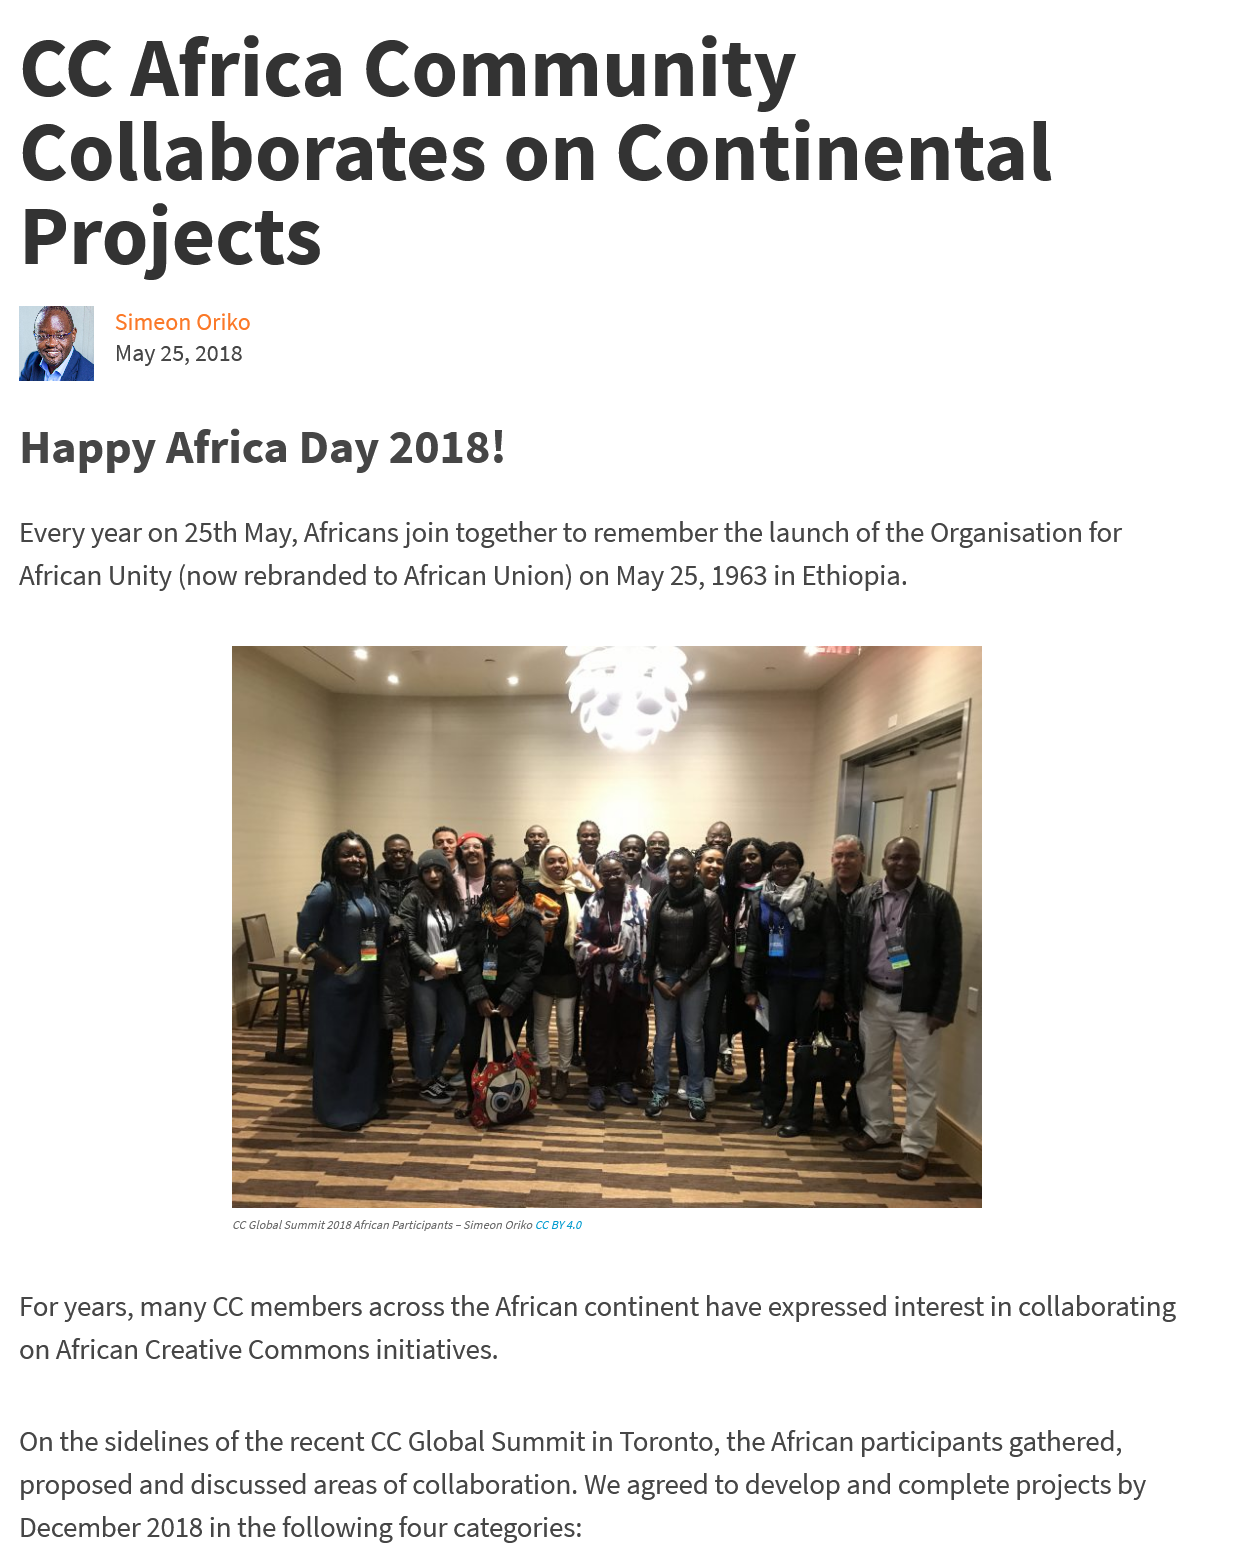
CC    Africa    Community
  Collaborates    on    Continental
  Projects
     Simeon Oriko
     May 25, 2018
  Happy   Africa    Day    2018!
  Every year on 25th May, Africans join together to remember the launch of the Organisation for
  African Unity (now rebranded to African Union) on May 25, 1963 in Ethiopia.
     _—
     CC Global Summit 2018 African Participants
     -
     Simeon Oriko CC BY 40
  For years, many CC members across the African continent have expressed interest in collaborating
  on African Creative Commons initiatives.
  On the sidelines of the recent CC Global Summit in Toronto, the African participants gathered,
  proposed and discussed areas of collaboration. We agreed to develop and complete projects by
  December 2018 in the following four categories: